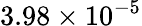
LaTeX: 3.98\times 10^{-5}